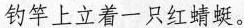
钓竿上立着一只红蜻蜓。